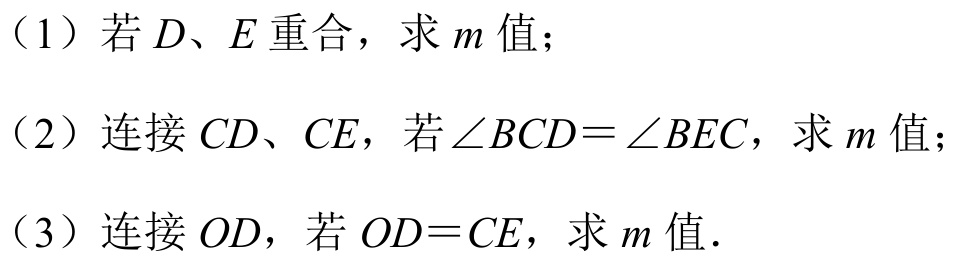
（1）若$D、E$重合，求$m$值；
（2）连接$CD、CE$，若$\angle BCD=\angle BEC$，求$m$值；
（3）连接$OD$，若$OD = CE$，求$m$值.